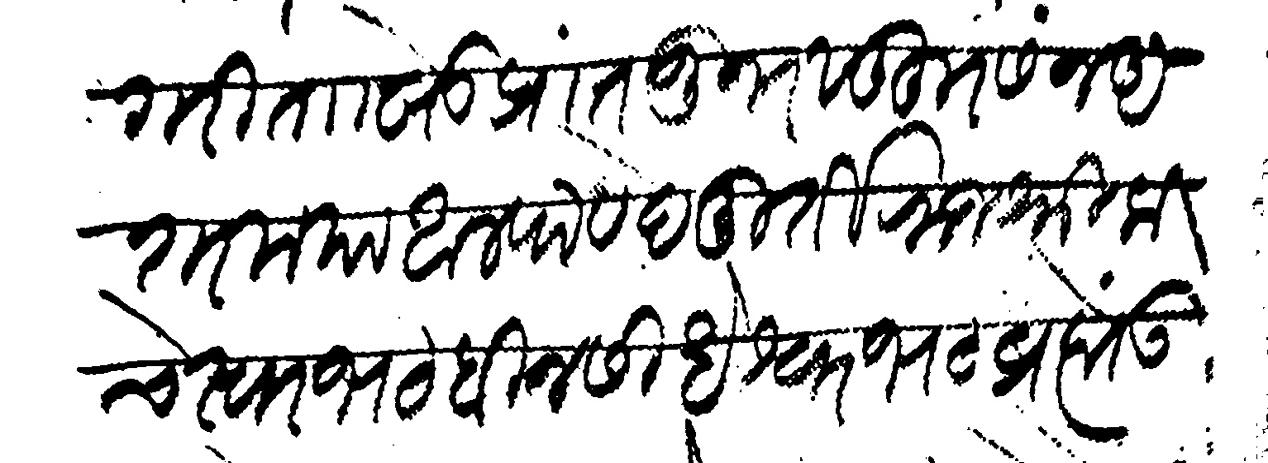
Transliteration (Devanagari): पागरी त खेड प्रांत जुनर सुहूर सन अशर मया अलफ वेदमूर्ती राजश्री कचेस्वर भट बिन सिधेश्वर भट ब्रह्मे उपाध्ये